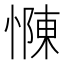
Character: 𢠣